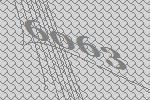
6063